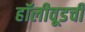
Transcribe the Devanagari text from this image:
हॉलीवूडची